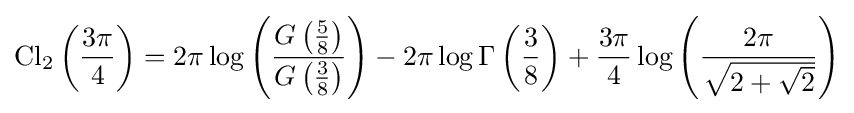
\operatorname {Cl} _{2}\left({\frac {3\pi }{4}}\right)=2\pi \log \left({\frac {G\left({\frac {5}{8}}\right)}{G\left({\frac {3}{8}}\right)}}\right)-2\pi \log \Gamma \left({\frac {3}{8}}\right)+{\frac {3\pi }{4}}\log \left({\frac {2\pi }{\sqrt {2+{\sqrt {2}}}}}\right)